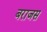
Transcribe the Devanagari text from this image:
बराजस